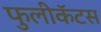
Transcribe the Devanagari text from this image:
फुलीकॅटस